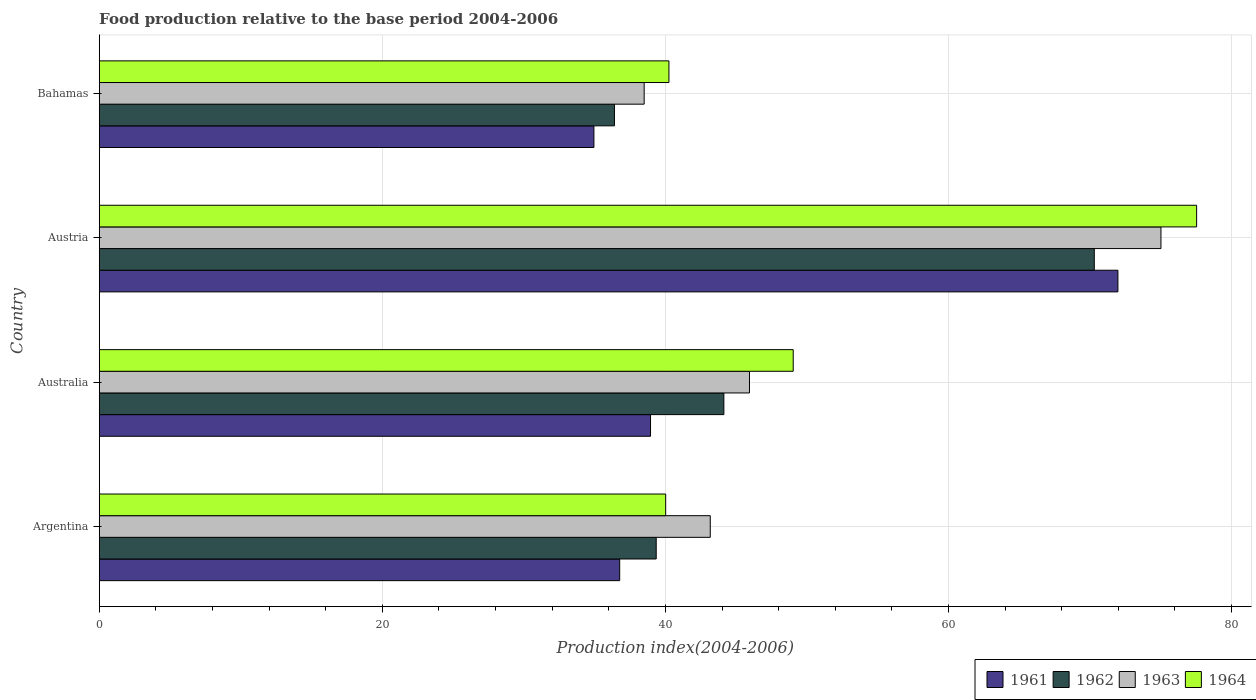
| Country | 1961 | 1962 | 1963 | 1964 |
 | --- | --- | --- | --- | --- |
 | Argentina | 36.8 | 39.4 | 43.2 | 40 |
 | Australia | 39 | 44.1 | 45.9 | 49 |
 | Austria | 72 | 70.3 | 75 | 77.5 |
 | Bahamas | 35 | 36.4 | 38.5 | 40.2 |